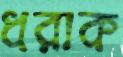
ধরাক